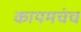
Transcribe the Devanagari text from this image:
कायमचंच